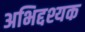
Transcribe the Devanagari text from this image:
अभिद्दश्यक